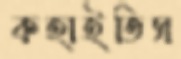
কহাইতিস